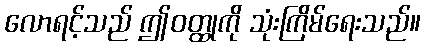
လောရင့်သည် ဤဝတ္ထုကို သုံးကြိမ်ရေးသည်။